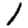
Digit: 1